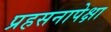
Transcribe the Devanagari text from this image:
प्रहसनापेक्षा